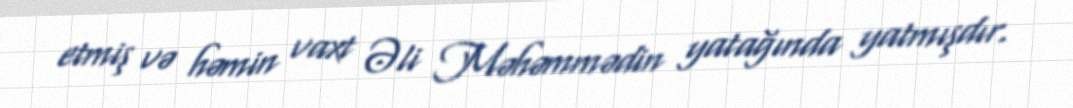
etmiş və həmin vaxt Əli Məhəmmədin yatağında yatmışdır.